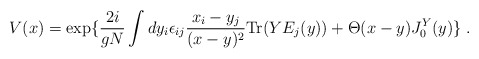
\begin{align*}V(x)=\exp\{{2i\over gN}\int dy_i \epsilon_{ij}{x_i-y_j\over (x-y)^2}{\rm Tr}(YE_j(y))+ \Theta(x-y)J_0^Y(y)\} \;.\end{align*}